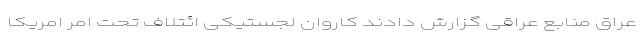
عراق منابع عراقی گزارش دادند کاروان لجستیکی ائتلاف تحت امر امریکا